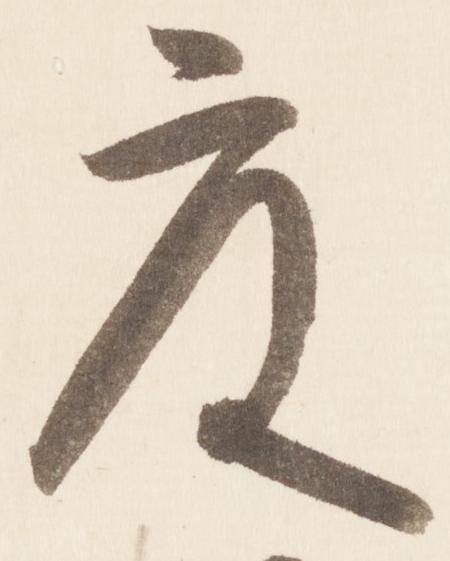
度